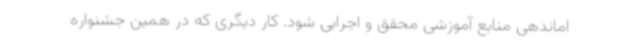
اماندهی منابع آموزشی محقق و اجرایی شود. کار دیگری که در همین جشنواره